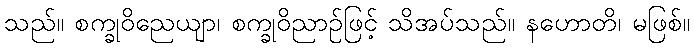
သည်။ စက္ခုဝိညေယျာ၊ စက္ခုဝိညာဉ်ဖြင့် သိအပ်သည်။ နဟောတိ၊ မဖြစ်။